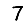
Digit: 7